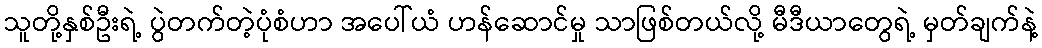
သူတို့နှစ်ဦးရဲ့ ပွဲတက်တဲ့ပုံစံဟာ အပေါ်ယံ ဟန်ဆောင်မှု သာဖြစ်တယ်လို့ မီဒီယာတွေရဲ့ မှတ်ချက်နဲ့